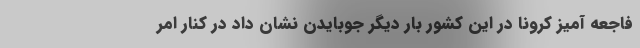
فاجعه آمیز کرونا در این کشور بار دیگر جوبایدن نشان داد در کنار امر